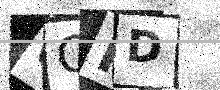
Text: 6QID